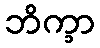
ဘိက္ခာ